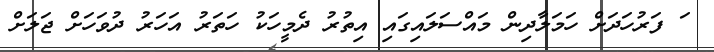
ަ ފަރުހަދަށް ހަމަލާދިން މައްސަލައިގައި އިތުރު ދެމީހަކު ހަތަރު އަހަރު ދުވަހަށް ޖަލަށް